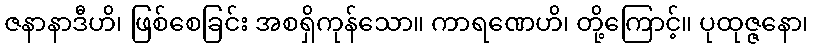
ဇနာနာဒီဟိ၊ ဖြစ်စေခြင်း အစရှိကုန်သော။ ကာရဏေဟိ၊ တို့ကြောင့်။ ပုထုဇ္ဇနော၊